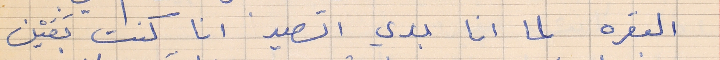
البقره لما انا بدي اتصيد انا كنت بَعَيْن